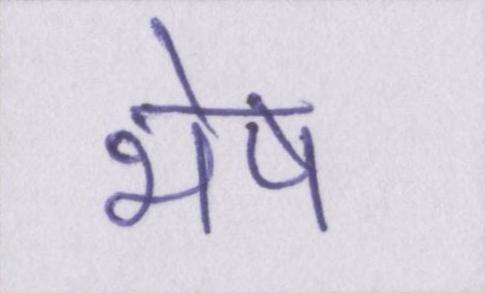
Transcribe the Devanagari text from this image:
भेष